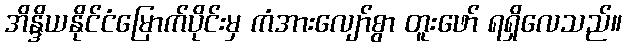
အိန္ဒိယနိုင်ငံမြောက်ပိုင်းမှ ကံအားလျော်စွာ တူးဖော် ရရှိလေသည်။